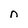
Character: n